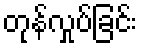
တုန်လှုပ်ခြင်း